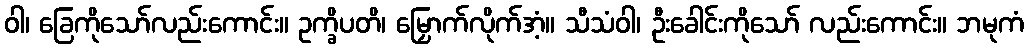
ဝါ၊ ခြေကိုသော်လည်းကောင်း။ ဥက္ခိပတိ၊ မြှောက်လိုက်အံ့။ သီသံဝါ၊ ဦးခေါင်းကိုသော် လည်းကောင်း။ ဘမုကံ